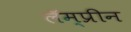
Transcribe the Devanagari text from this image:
लॅम्प्रीन